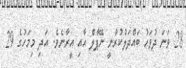
28 ވަނަ ދުވަހު ބައްދަލުކުރާނީ ނޭޕާލް އާއި އީރާނެވެ. އަދި މިމަހުގެ 29